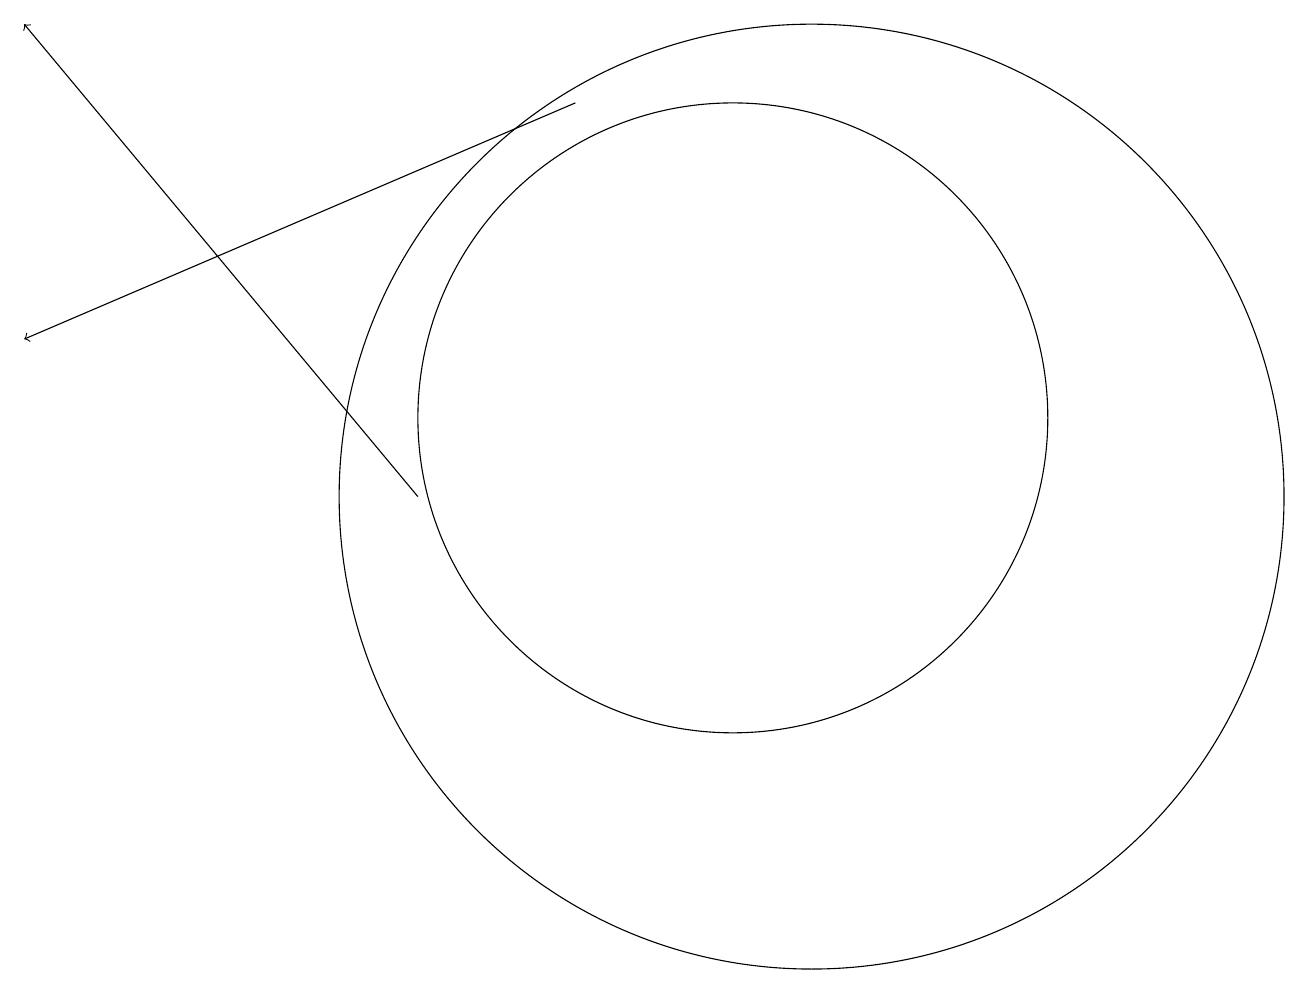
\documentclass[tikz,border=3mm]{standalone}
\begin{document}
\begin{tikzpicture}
\draw (11,11) circle (4);
\draw[->] (9,15) -- (2,12);
\draw (12,10) circle (6);
\draw[->] (7,10) -- (2,16);
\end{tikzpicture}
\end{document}